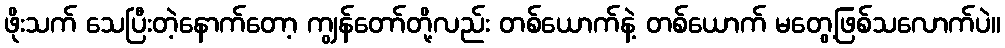
ဖိုးသက် သေပြီးတဲ့နောက်တော့ ကျွန်တော်တို့လည်း တစ်ယောက်နဲ့ တစ်ယောက် မတွေ့ဖြစ်သလောက်ပဲ။